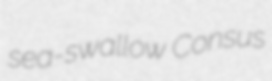
sea-swallow Consus